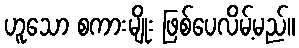
ဟူသော စကားမျိုး ဖြစ်ပေလိမ့်မည်။